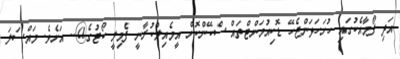
އަދި ފޯމާއެކުގައި ހުށަހަޅަންޖެހޭ ޑޮކިއުމަންޓްތައް ސްކޭންކޮށް އީމެއިލްކުރާނީ ފެމިލީ ކޯޓުގެ@.. އަށެވެ. މައްސަލަ